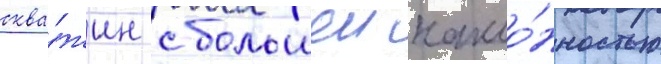
сква́жин с большеи накло́нностью